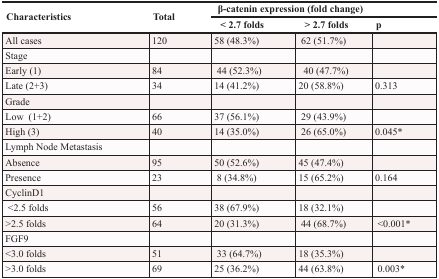
| <ROWSPAN=2> Characteristics | <ROWSPAN=2> Total | <COLSPAN=3> β-catenin expression (fold change) |
 | < 2.7 folds | > 2.7 folds | p |
 | --- | --- | --- | --- | --- |
 | All cases | 120 | 58 (48.3%) | 62 (51.7%) |  |
 | Stage |  |  |  |  |
 | Early (1) | 84 | 44 (52.3%) | 40 (47.7%) |  |
 | Late (2+3) | 34 | 14 (41.2%) | 20 (58.8%) | 0.313 |
 | Grade |  |  |  |  |
 | Low (1+2) | 66 | 37 (56.1%) | 29 (43.9%) |  |
 | High (3) | 40 | 14 (35.0%) | 26 (65.0%) | 0.045* |
 | Lymph Node Metastasis |  |  |  |  |
 | Absence | 95 | 50 (52.6%) | 45 (47.4%) |  |
 | Presence | 23 | 8 (34.8%) | 15 (65.2%) | 0.164 |
 | CyclinD1 |  |  |  |  |
 | <2.5 folds | 56 | 38 (67.9%) | 18 (32.1%) |  |
 | >2.5 folds | 64 | 20 (31.3%) | 44 (68.7%) | <0.001* |
 | FGF9 |  |  |  |  |
 | <3.0 folds | 51 | 33 (64.7%) | 18 (35.3%) |  |
 | >3.0 folds | 69 | 25 (36.2%) | 44 (63.8%) | 0.003* |